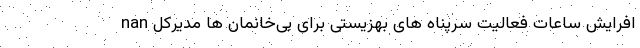
nan افرایش ساعات فعالیت سرپناه های بهزیستی برای بی‌خانمان ها مدیرکل